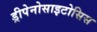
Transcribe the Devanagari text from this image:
ड्रीपेनोसाइटोसिस